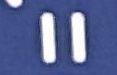
=